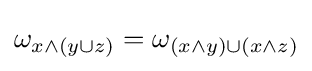
\omega _{x\land (y\cup z)}=\omega _{(x\land y)\cup (x\land z)}\,\!